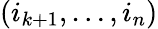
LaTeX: (i_{k+1},\ldots,i_{n})